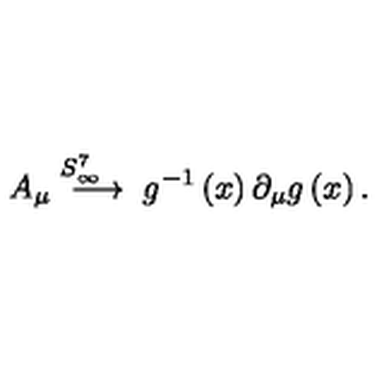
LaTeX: A _ { \mu } \stackrel { S _ { \infty } ^ { 7 } \quad } { \longrightarrow } g ^ { - 1 } \left( x \right) \partial _ { \mu } g \left( x \right) .